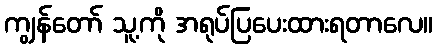
ကျွန်တော် သူ့ကို အရုပ်ပြပေးထားရတာလေ။